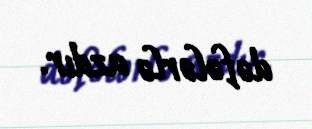
dəfələrlə azdır.